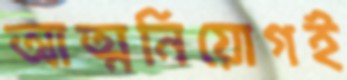
আত্মনিয়োগই